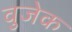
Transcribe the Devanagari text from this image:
वुजेक